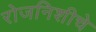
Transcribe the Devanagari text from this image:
रोजनिशीचे